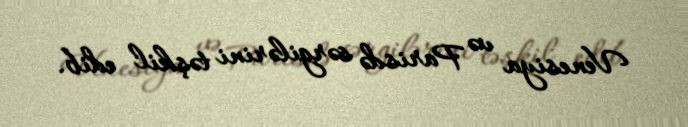
Venesiya və Parisdə sərgilərini təşkil edib.